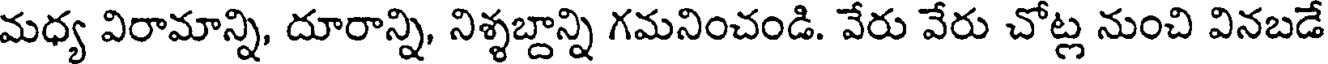
మధ్య విరామాన్ని, దూరాన్ని, నిశ్శబ్దాన్ని గమనించండి. వేరు వేరు చోట్ల నుంచి వినబడే